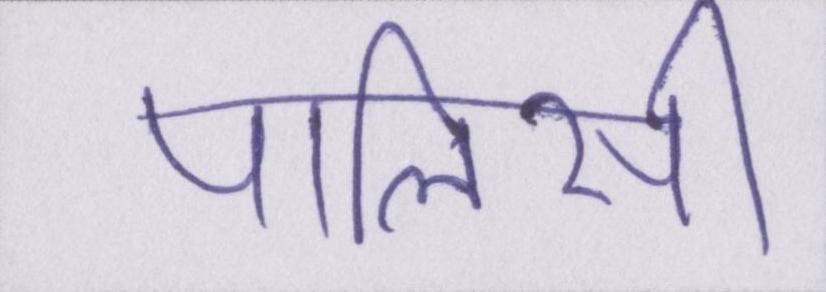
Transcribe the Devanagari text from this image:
पालिसी